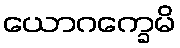
ယောဂက္ခေမိ